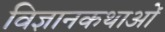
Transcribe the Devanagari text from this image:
विज्ञानकथाओं